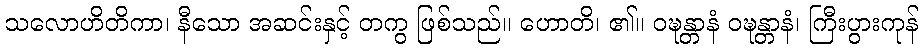
သလောဟိတိကာ၊ နီသော အဆင်းနှင့် တကွ ဖြစ်သည်။ ဟောတိ၊ ၏။ ဝဍ္ဎန္တာနံ ဝဍ္ဎန္တာနံ၊ ကြီးပွားကုန်